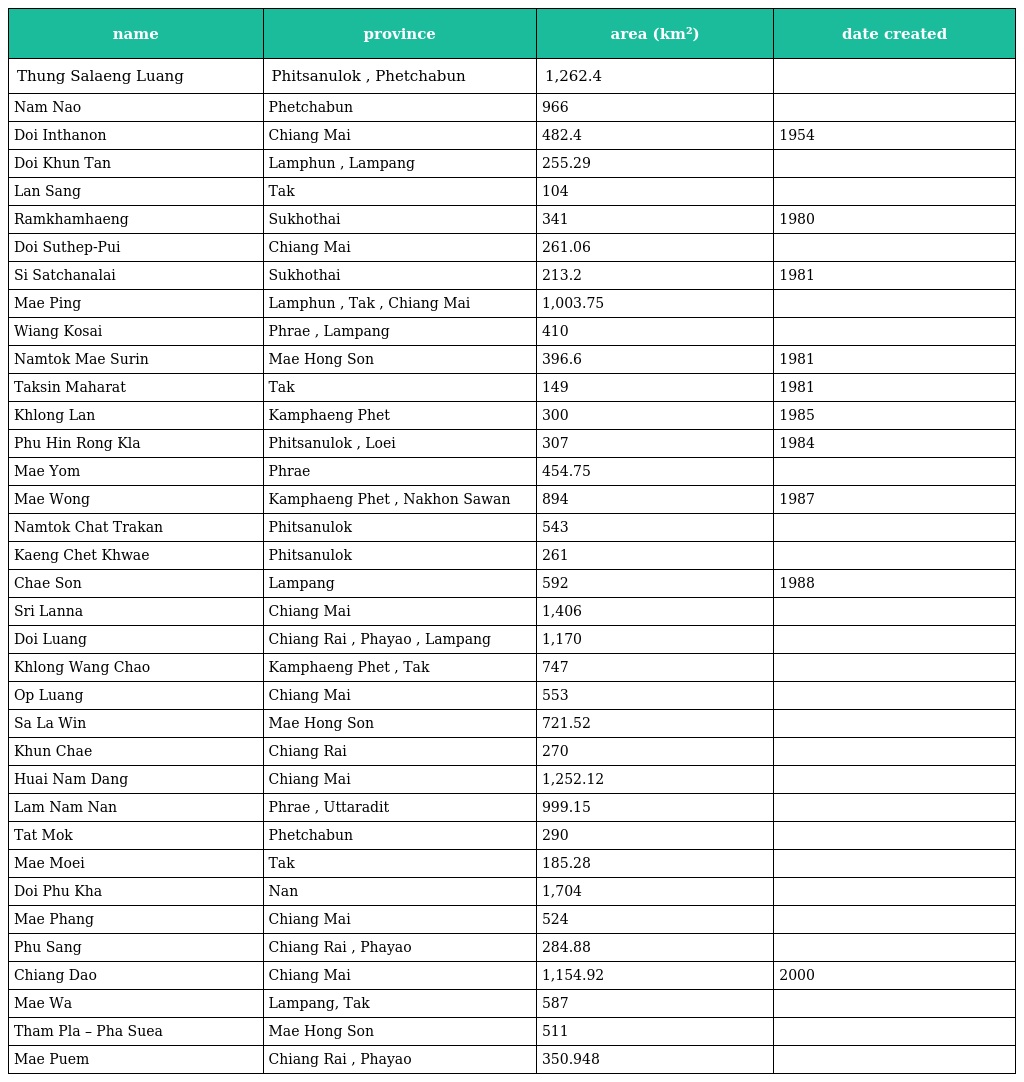
| name | province | area (km²) | date created |
 | --- | --- | --- | --- |
 | Thung Salaeng Luang | Phitsanulok , Phetchabun | 1,262.4 |  |
 | Nam Nao | Phetchabun | 966 |  |
 | Doi Inthanon | Chiang Mai | 482.4 | 1954 |
 | Doi Khun Tan | Lamphun , Lampang | 255.29 |  |
 | Lan Sang | Tak | 104 |  |
 | Ramkhamhaeng | Sukhothai | 341 | 1980 |
 | Doi Suthep-Pui | Chiang Mai | 261.06 |  |
 | Si Satchanalai | Sukhothai | 213.2 | 1981 |
 | Mae Ping | Lamphun , Tak , Chiang Mai | 1,003.75 |  |
 | Wiang Kosai | Phrae , Lampang | 410 |  |
 | Namtok Mae Surin | Mae Hong Son | 396.6 | 1981 |
 | Taksin Maharat | Tak | 149 | 1981 |
 | Khlong Lan | Kamphaeng Phet | 300 | 1985 |
 | Phu Hin Rong Kla | Phitsanulok , Loei | 307 | 1984 |
 | Mae Yom | Phrae | 454.75 |  |
 | Mae Wong | Kamphaeng Phet , Nakhon Sawan | 894 | 1987 |
 | Namtok Chat Trakan | Phitsanulok | 543 |  |
 | Kaeng Chet Khwae | Phitsanulok | 261 |  |
 | Chae Son | Lampang | 592 | 1988 |
 | Sri Lanna | Chiang Mai | 1,406 |  |
 | Doi Luang | Chiang Rai , Phayao , Lampang | 1,170 |  |
 | Khlong Wang Chao | Kamphaeng Phet , Tak | 747 |  |
 | Op Luang | Chiang Mai | 553 |  |
 | Sa La Win | Mae Hong Son | 721.52 |  |
 | Khun Chae | Chiang Rai | 270 |  |
 | Huai Nam Dang | Chiang Mai | 1,252.12 |  |
 | Lam Nam Nan | Phrae , Uttaradit | 999.15 |  |
 | Tat Mok | Phetchabun | 290 |  |
 | Mae Moei | Tak | 185.28 |  |
 | Doi Phu Kha | Nan | 1,704 |  |
 | Mae Phang | Chiang Mai | 524 |  |
 | Phu Sang | Chiang Rai , Phayao | 284.88 |  |
 | Chiang Dao | Chiang Mai | 1,154.92 | 2000 |
 | Mae Wa | Lampang, Tak | 587 |  |
 | Tham Pla – Pha Suea | Mae Hong Son | 511 |  |
 | Mae Puem | Chiang Rai , Phayao | 350.948 |  |